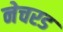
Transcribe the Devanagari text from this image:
नेचरड